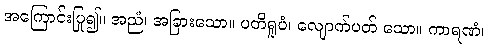
အကြောင်းပြု၍။ အညံ၊ အခြားသော။ ပတိရူပံ၊ လျောက်ပတ် သော။ ကာရဏံ၊